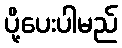
ပို့ပေးပါမည်